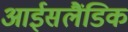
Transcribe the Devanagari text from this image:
आईसलैंडिक